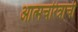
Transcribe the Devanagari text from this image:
आत्मचरित्रांची